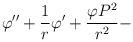
LaTeX: \begin{align*}\varphi '' + \frac{1}{r}\varphi ' + \frac{\varphi P^2}{r^2} -\end{align*}